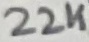
Text: 22K